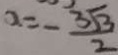
a = - \frac { 3 \sqrt { 3 } } { 2 }